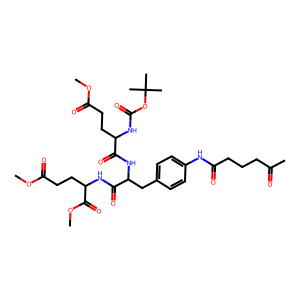
SMILES: COC(=O)CCC(NC(=O)OC(C)(C)C)C(=O)NC(Cc1ccc(NC(=O)CCCC(C)=O)cc1)C(=O)NC(CCC(=O)OC)C(=O)OC
Inhibits HIV replication: No